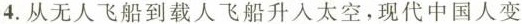
4.从无人飞船到载人飞船升入太空，现代中国人变